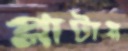
প্লাটায়